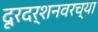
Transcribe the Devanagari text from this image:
दूरदर्शनवरच्या